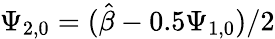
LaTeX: \Psi_{2,0}=(\hat{\beta}-0.5\Psi_{1,0})/2